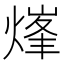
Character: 㷨